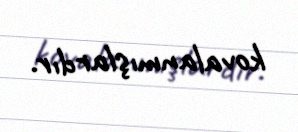
kovalanmışlardır.